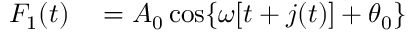
\begin{array} { r l } { F _ { 1 } ( t ) } & { { } = A _ { 0 } \cos \{ \omega [ t + j ( t ) ] + \theta _ { 0 } \} } \end{array}